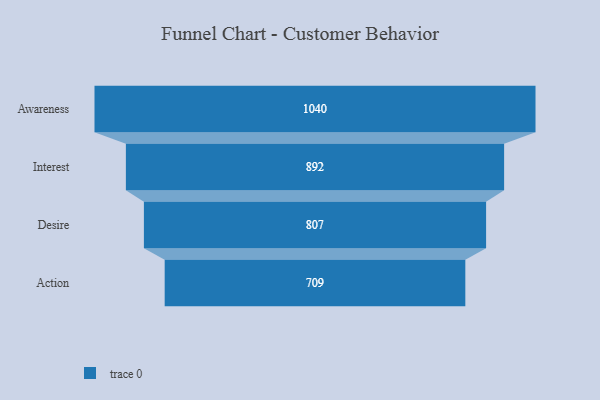
{"axis": {"x": "Stage", "y": "Value"}, "legend": [""], "data": [{"x": "Awareness", "y": 1040.0, "type": ""}, {"x": "Interest", "y": 892.0, "type": ""}, {"x": "Desire", "y": 807.0, "type": ""}, {"x": "Action", "y": 709.0, "type": ""}]}